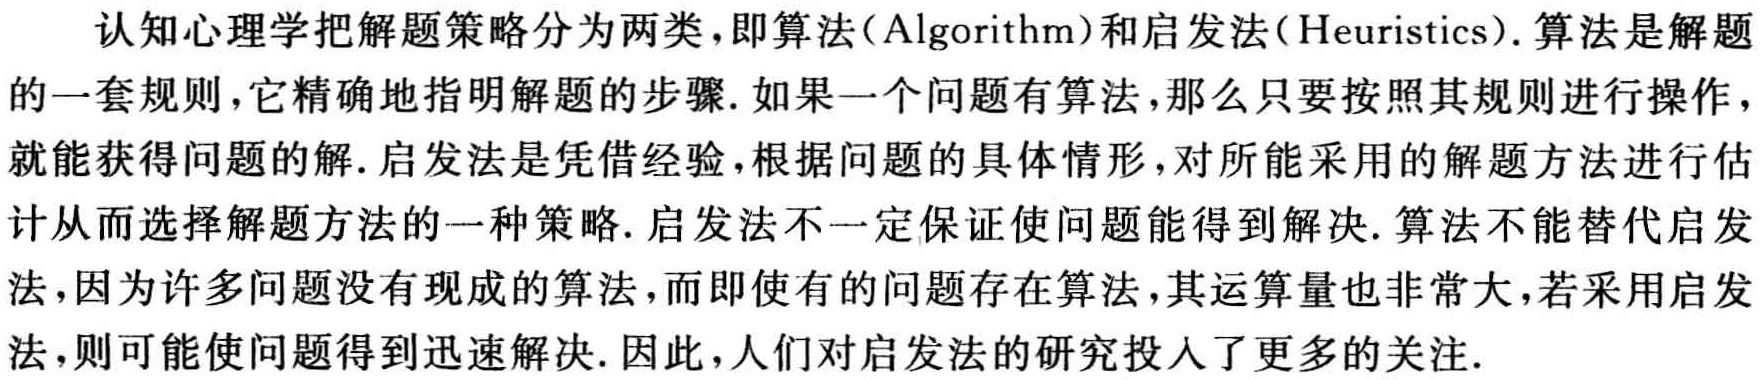
认知心理学把解题策略分为两类，即算法(Algorithm)和启发法(Heuristics). 算法是解题的一套规则，它精确地指明解题的步骤. 如果一个问题有算法，那么只要按照其规则进行操作，就能获得问题的解. 启发法是凭借经验，根据问题的具体情形，对所能采用的解题方法进行估计从而选择解题方法的一种策略. 启发法不一定保证使问题能得到解决. 算法不能替代启发法，因为许多问题没有现成的算法，而即使有的问题存在算法，其运算量也非常大，若采用启发法，则可能使问题得到迅速解决. 因此，人们对启发法的研究投入了更多的关注.